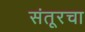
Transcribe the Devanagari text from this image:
संतूरचा